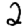
Digit: 2